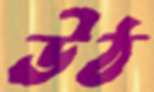
উঠ